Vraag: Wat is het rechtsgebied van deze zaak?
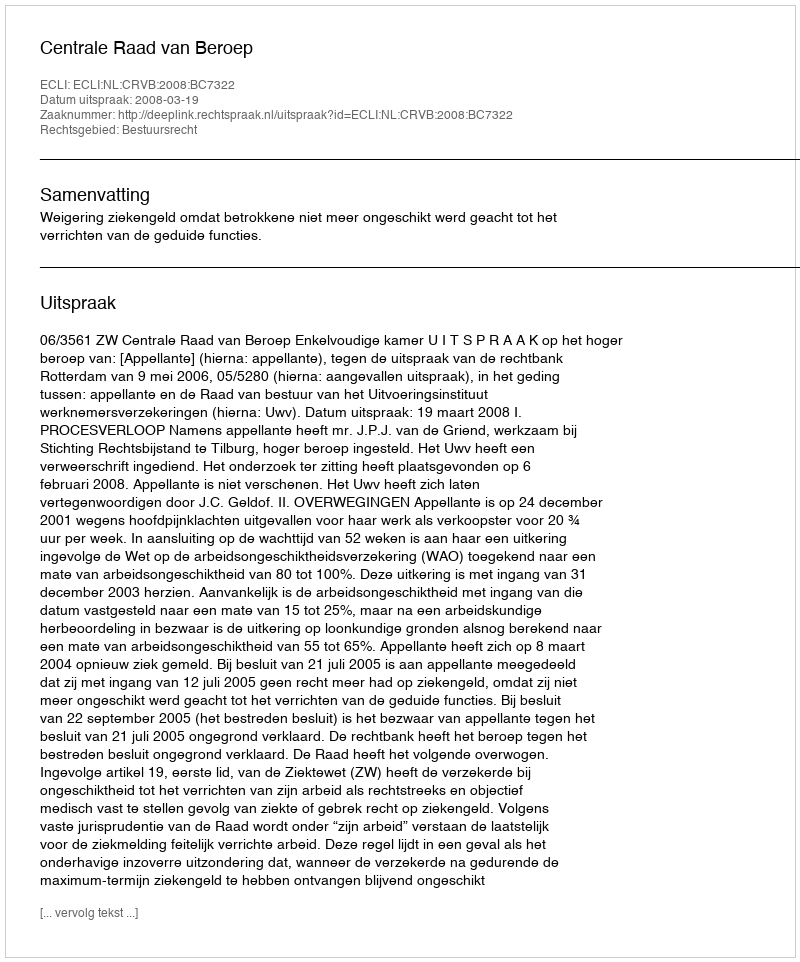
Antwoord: Bestuursrecht